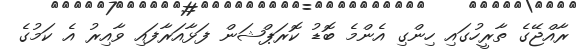
ރާއްޖޭގެ ތާރީހުގައި ހިންގި އެންމެ ބޮޑު ކޮރަޕްޝަން ފަޅާއަރާފައި ވާއިރު އެ ކަމުގެ